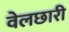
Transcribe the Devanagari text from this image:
वेलछारी